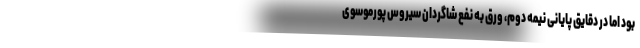
بود اما در دقایق پایانی نیمه دوم، ورق به نفع شاگردان سیروس پورموسوی